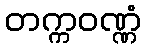
တက္ကဝဏ္ဏံ